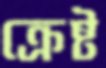
ক্রেষ্ট